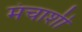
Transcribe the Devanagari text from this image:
मंचाशी